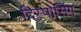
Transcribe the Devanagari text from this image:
दिस्पोसिंग